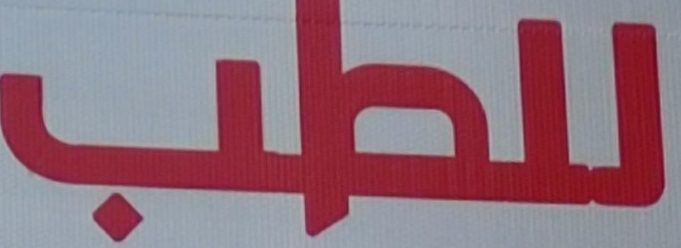
للطب